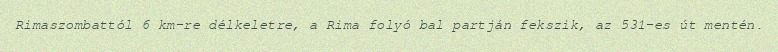
Rimaszombattól 6 km-re délkeletre, a Rima folyó bal partján fekszik, az 531-es út mentén.